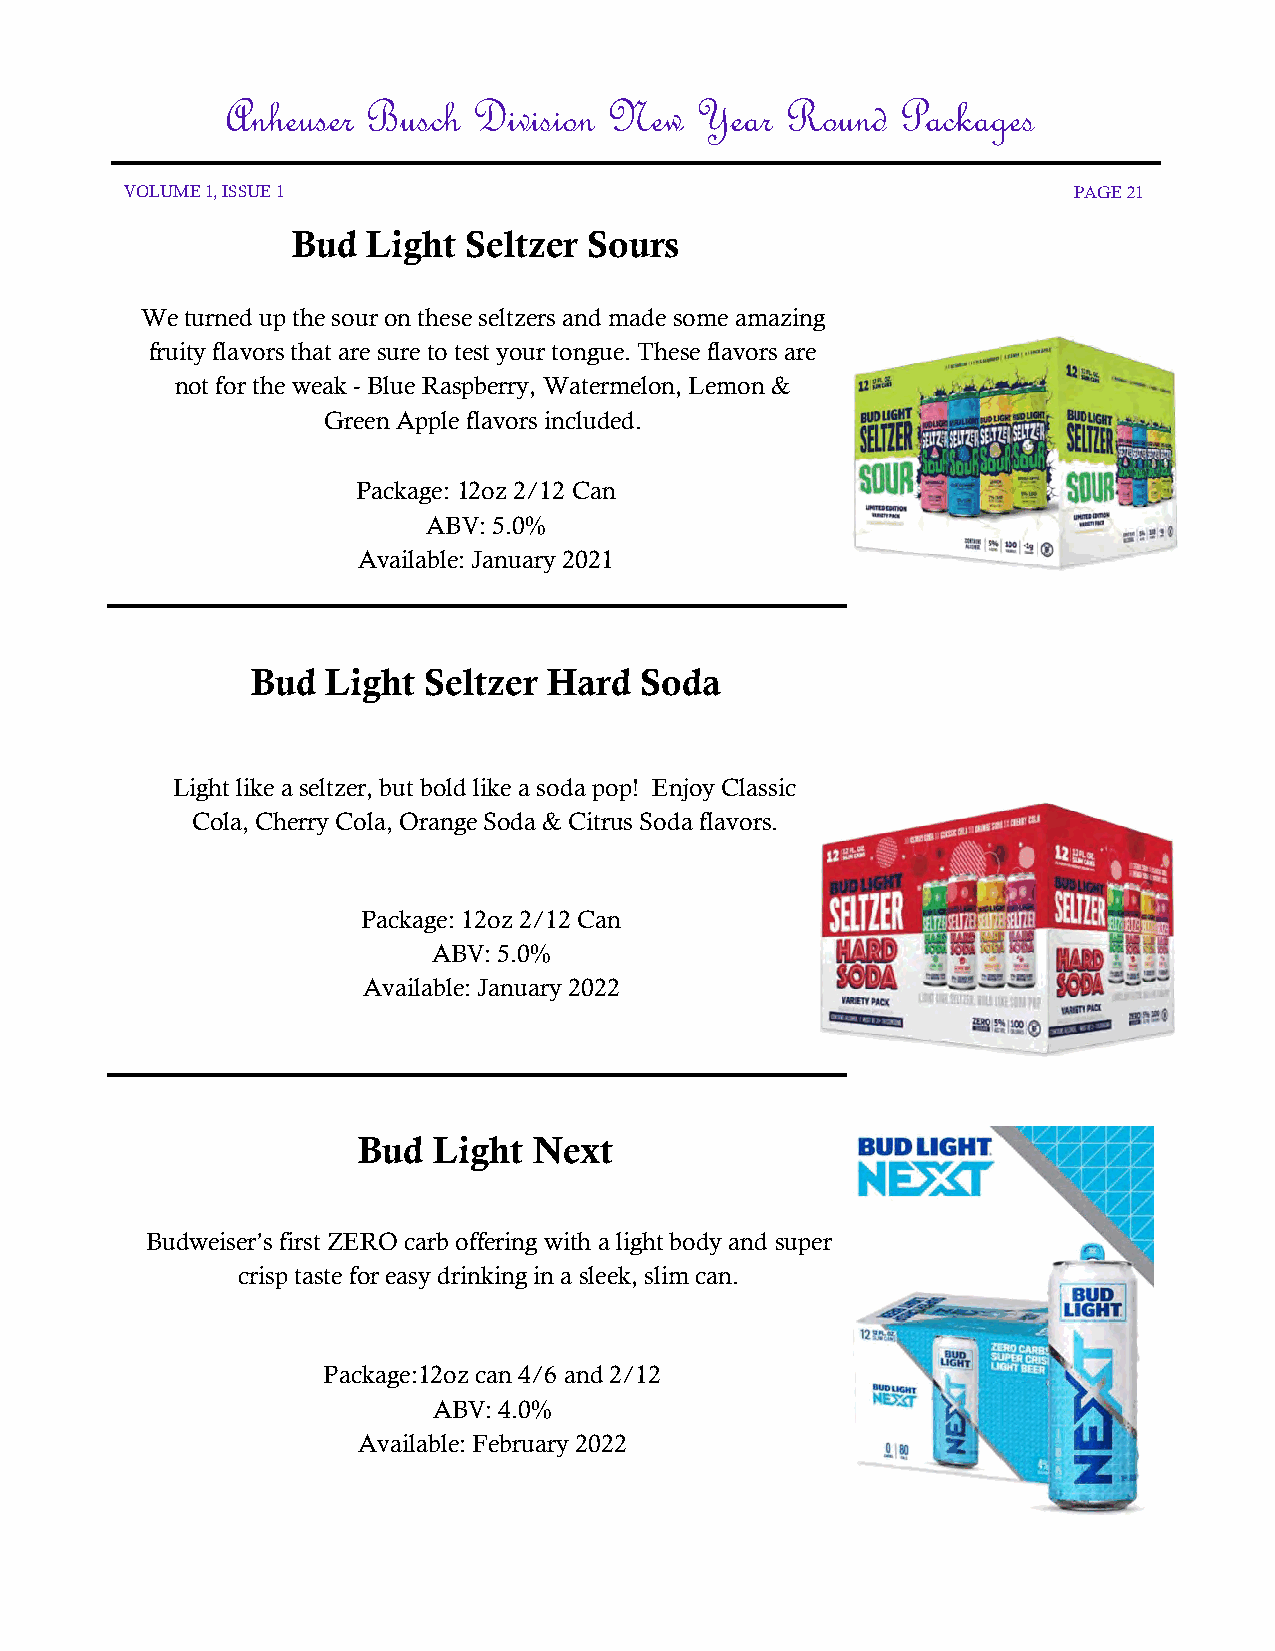
Anheuser Busch  Division New   Year  Round   Packages
 VOLUME 1, ISSUE 1                                              PAGE 21
 Bud  Light  Seltzer Sours
 We turned up the sour on these seltzers and made some amazing
 fruity flavors that are sure to test your tongue. These flavors are
 not for the weak - Blue Raspberry, Watermelon, Lemon &
 Green Apple flavors included.
 Package: 12oz 2/12 Can
 ABV: 5.0%
 Available: January 2021
 Bud  Light Seltzer Hard  Soda
 Light like a seltzer, but bold like a soda pop! Enjoy Classic
 Cola, Cherry Cola, Orange Soda & Citrus Soda flavors.
 Package: 12oz 2/12 Can
 ABV: 5.0%
 Available: January 2022
 Bud  Light Next
 Budweiser’s first ZERO carb offering with a light body and super
 crisp taste for easy drinking in a sleek, slim can.
 Package:12oz can 4/6 and 2/12
 ABV: 4.0%
 Available: February 2022